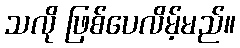
သလို ဖြစ်ပေလိမ့်မည်။